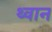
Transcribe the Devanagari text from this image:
थ्वान